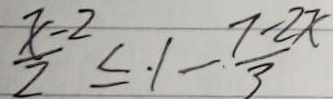
\frac { x - 2 } { 2 } \leq . 1 - \frac { 7 - 2 x } { 3 }